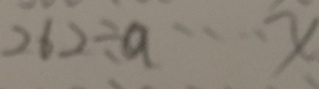
2 6 2 \div a \cdots x